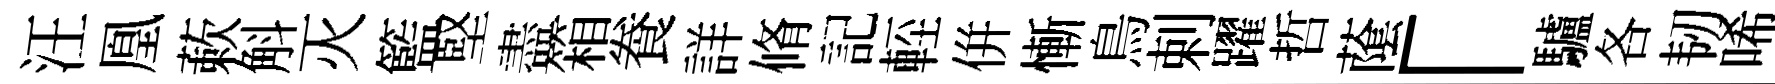
汪凰蔌斛灭籃堅盡箱飬詳脩記䡖併慚鳥剌躍哲䕃「驢各韧唏